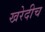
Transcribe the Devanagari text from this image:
खरेदीच